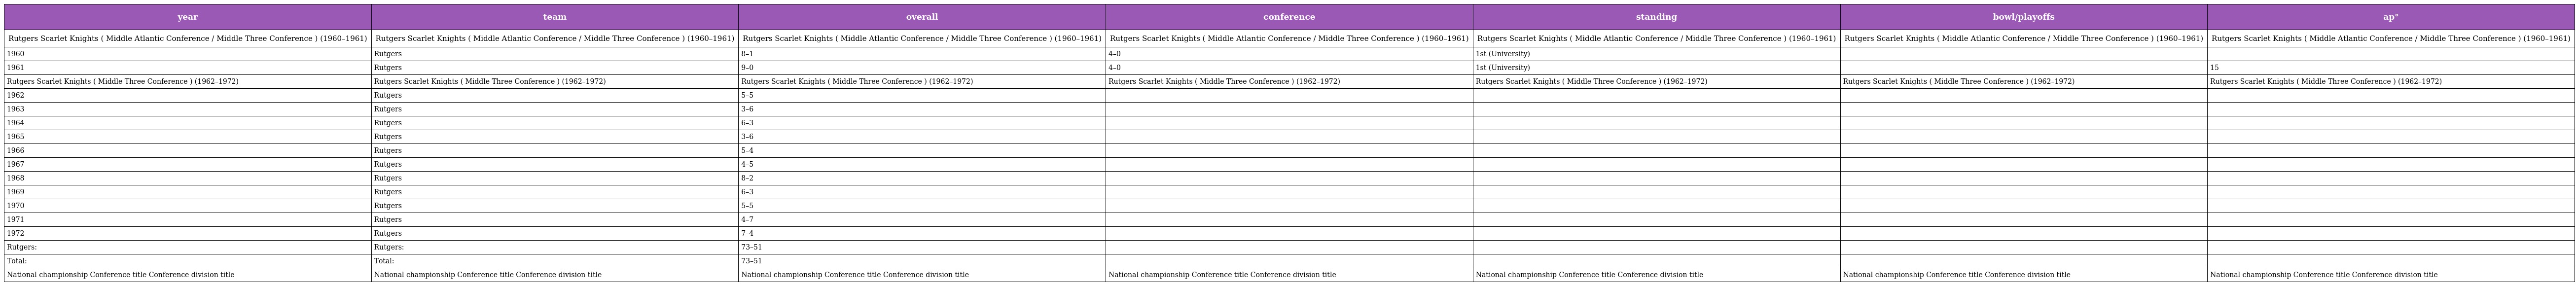
| year | team | overall | conference | standing | bowl/playoffs | ap° |
 | --- | --- | --- | --- | --- | --- | --- |
 | Rutgers Scarlet Knights ( Middle Atlantic Conference / Middle Three Conference ) (1960–1961) | Rutgers Scarlet Knights ( Middle Atlantic Conference / Middle Three Conference ) (1960–1961) | Rutgers Scarlet Knights ( Middle Atlantic Conference / Middle Three Conference ) (1960–1961) | Rutgers Scarlet Knights ( Middle Atlantic Conference / Middle Three Conference ) (1960–1961) | Rutgers Scarlet Knights ( Middle Atlantic Conference / Middle Three Conference ) (1960–1961) | Rutgers Scarlet Knights ( Middle Atlantic Conference / Middle Three Conference ) (1960–1961) | Rutgers Scarlet Knights ( Middle Atlantic Conference / Middle Three Conference ) (1960–1961) |
 | 1960 | Rutgers | 8–1 | 4–0 | 1st (University) |  |  |
 | 1961 | Rutgers | 9–0 | 4–0 | 1st (University) |  | 15 |
 | Rutgers Scarlet Knights ( Middle Three Conference ) (1962–1972) | Rutgers Scarlet Knights ( Middle Three Conference ) (1962–1972) | Rutgers Scarlet Knights ( Middle Three Conference ) (1962–1972) | Rutgers Scarlet Knights ( Middle Three Conference ) (1962–1972) | Rutgers Scarlet Knights ( Middle Three Conference ) (1962–1972) | Rutgers Scarlet Knights ( Middle Three Conference ) (1962–1972) | Rutgers Scarlet Knights ( Middle Three Conference ) (1962–1972) |
 | 1962 | Rutgers | 5–5 |  |  |  |  |
 | 1963 | Rutgers | 3–6 |  |  |  |  |
 | 1964 | Rutgers | 6–3 |  |  |  |  |
 | 1965 | Rutgers | 3–6 |  |  |  |  |
 | 1966 | Rutgers | 5–4 |  |  |  |  |
 | 1967 | Rutgers | 4–5 |  |  |  |  |
 | 1968 | Rutgers | 8–2 |  |  |  |  |
 | 1969 | Rutgers | 6–3 |  |  |  |  |
 | 1970 | Rutgers | 5–5 |  |  |  |  |
 | 1971 | Rutgers | 4–7 |  |  |  |  |
 | 1972 | Rutgers | 7–4 |  |  |  |  |
 | Rutgers: | Rutgers: | 73–51 |  |  |  |  |
 | Total: | Total: | 73–51 |  |  |  |  |
 | National championship Conference title Conference division title | National championship Conference title Conference division title | National championship Conference title Conference division title | National championship Conference title Conference division title | National championship Conference title Conference division title | National championship Conference title Conference division title | National championship Conference title Conference division title |